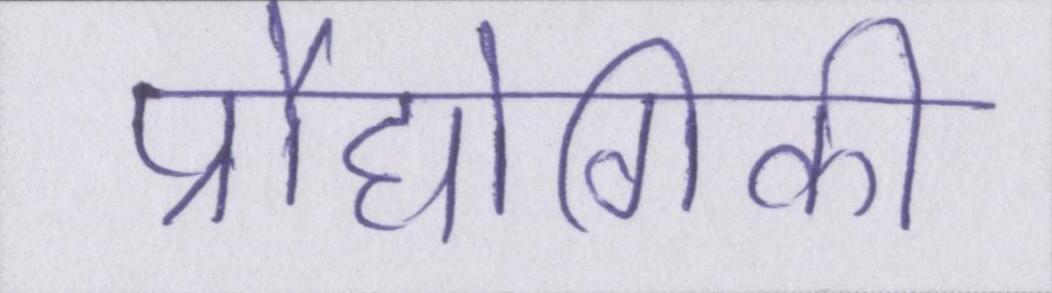
प्रौद्योगिकी